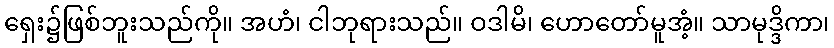
ရှေး၌ဖြစ်ဘူးသည်ကို။ အဟံ၊ ငါဘုရားသည်။ ဝဒါမိ၊ ဟောတော်မူအံ့။ သာမုဒ္ဒိကာ၊